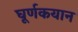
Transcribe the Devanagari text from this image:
घूर्णकयान